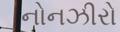
નોનઝીરો